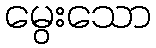
မွေးသော